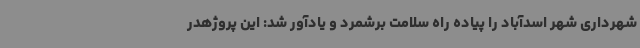
شهرداری شهر اسدآباد را پیاده راه سلامت برشمرد و یادآور شد: این پروژهدر